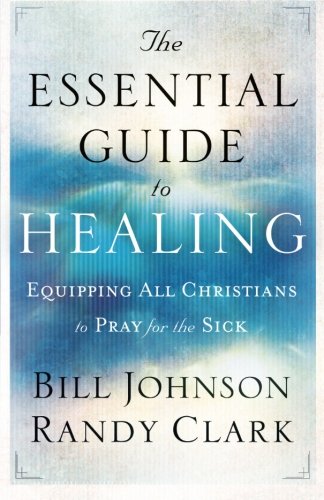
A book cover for The Essential Guide to Healing; Bill Johnson; Christian Books & Bibles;